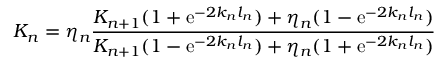
K _ { n } = \eta _ { n } \frac { K _ { n + 1 } ( 1 + \mathrm { e } ^ { - 2 k _ { n } l _ { n } } ) + \eta _ { n } ( 1 - \mathrm { e } ^ { - 2 k _ { n } l _ { n } } ) } { K _ { n + 1 } ( 1 - \mathrm { e } ^ { - 2 k _ { n } l _ { n } } ) + \eta _ { n } ( 1 + \mathrm { e } ^ { - 2 k _ { n } l _ { n } } ) }